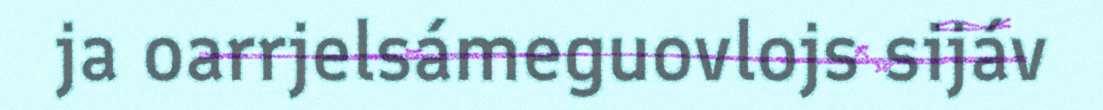
ja oarrjelsámeguovlojs sijáv